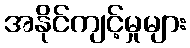
အနိုင်ကျင့်မှုများ